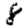
Digit: 8